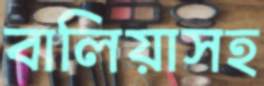
বালিয়াসহ